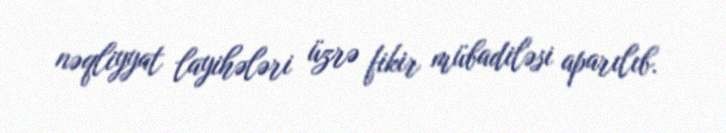
nəqliyyat layihələri üzrə fikir mübadiləsi aparılıb.